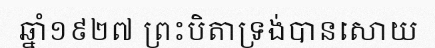
ឆ្នាំ១៩២៧ ព្រះបិតាទ្រង់បានសោយ